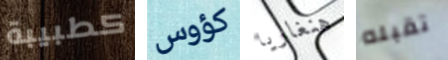
كطبيبة كؤوس هنغاريا تقبله